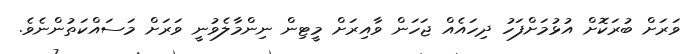
ވަރަށް ބުރަކޮށް އުޅުމަށްފަހު ދިހައެއް ޖަހަން ވާއިރަށް މީޓިން ނިންމާލެވުނީ ވަރަށް މަސައްކަތުންނެވެ.